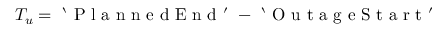
T _ { u } = \mathrm { ~ ` ~ P ~ l ~ a ~ n ~ n ~ e ~ d ~ E ~ n ~ d ~ ' ~ } - \mathrm { ~ ` ~ O ~ u ~ t ~ a ~ g ~ e ~ S ~ t ~ a ~ r ~ t ~ ' ~ }